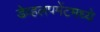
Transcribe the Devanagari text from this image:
डेव्हलपमेंटमध्ये